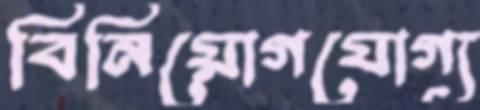
বিনিয়োগযোগ্য